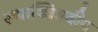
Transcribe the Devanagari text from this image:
स्याच्चित्रदीप